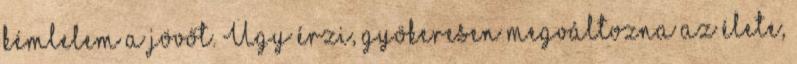
kémlelem a jövőt. Úgy érzi, gyökeresen megváltozna az élete,